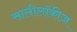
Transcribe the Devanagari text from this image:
सालीलॉकीज़